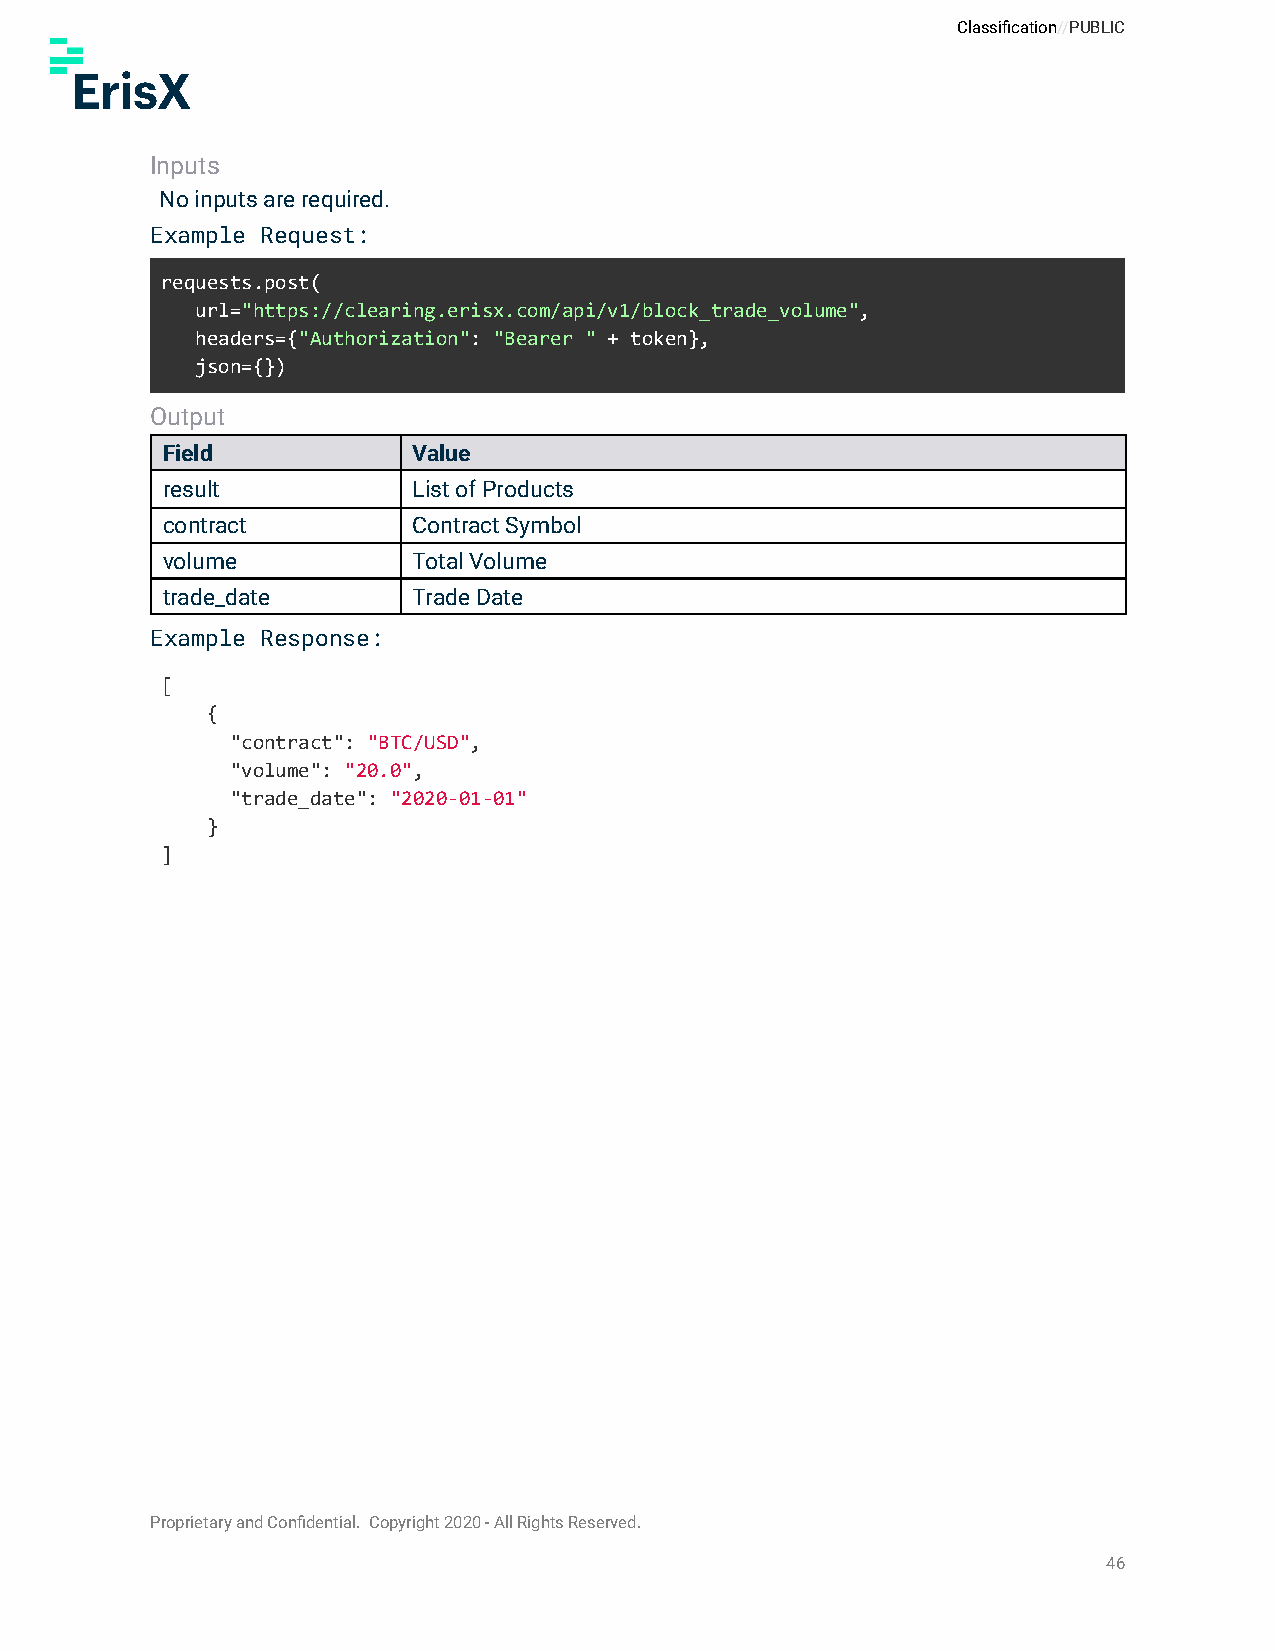
Classification//PUBLIC
 Inputs
 No inputs are required.
 Example Request:
 requests.post(
 url="https://clearing.erisx.com/api/v1/block_trade_volume",
 headers={"Authorization": "Bearer " + token},
 json={})
 Output
 Field           Value
 result          List of Products
 contract        Contract Symbol
 volume          Total Volume
 trade_date      Trade Date
 Example Response:
 [
 {
 "contract": "BTC/USD",
 "volume": "20.0",
 "trade_date": "2020-01-01"
 }
 ]
 Proprietary and Confidential. Copyright 2020 - All Rights Reserved.
 46